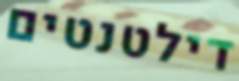
דילטנטים